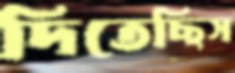
দিতেছিস